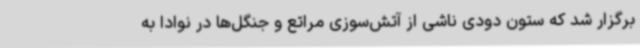
برگزار شد که ستون دودی ناشی از آتش‌سوزی مراتع و جنگل‌ها در نوادا به